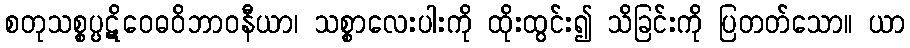
စတုသစ္စပ္ပဋိဝေဓဝိဘာဝနီယာ၊ သစ္စာလေးပါးကို ထိုးထွင်း၍ သိခြင်းကို ပြတတ်သော။ ယာ